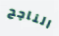
الناجح